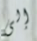
إلى